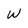
Character: W